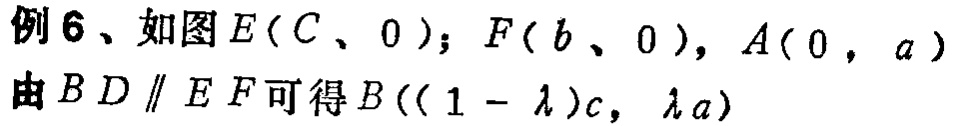
例6、如图\(E(c,0)\)；\(F(b,0)\)，\(A(0,a)\)
由\(BD\parallel EF\)可得\(B((1 - \lambda)c,\lambda a)\)